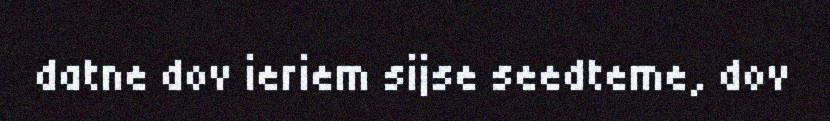
datne dov ieriem sijse seedteme, dov